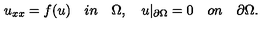
u _ { x x } = f ( u ) \quad i n \quad \Omega , \quad u | _ { \partial { \Omega } } = 0 \quad o n \quad \partial \Omega .